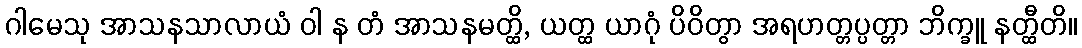
ဂါမေသု အာသနသာလာယံ ဝါ န တံ အာသနမတ္ထိ, ယတ္ထ ယာဂုံ ပိဝိတွာ အရဟတ္တပ္ပတ္တာ ဘိက္ခူ နတ္ထီတိ။